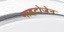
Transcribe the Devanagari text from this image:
माइटोजेन